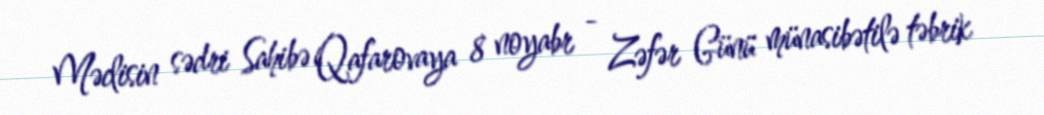
Məclisin sədri Sahibə Qafarovaya 8 noyabr - Zəfər Günü münasibətilə təbrik